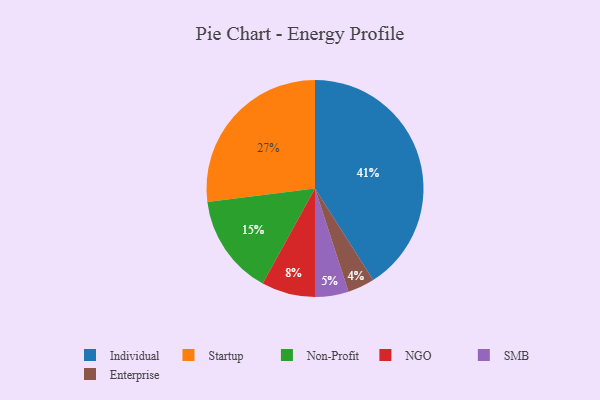
{"axis": {"x": "Category", "y": "Percentage"}, "legend": ["Enterprise", "Individual", "NGO", "Non-Profit", "SMB", "Startup"], "data": [{"x": "Startup", "y": 27, "type": "Startup"}, {"x": "Enterprise", "y": 4, "type": "Enterprise"}, {"x": "NGO", "y": 8, "type": "NGO"}, {"x": "SMB", "y": 5, "type": "SMB"}, {"x": "Non-Profit", "y": 15, "type": "Non-Profit"}, {"x": "Individual", "y": 41, "type": "Individual"}]}